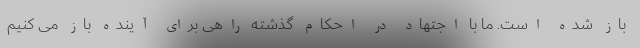
باز شده است. ما با اجتهاد در احکام گذشته راهی برای آینده باز می کنیم